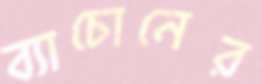
ব্যাচোনের